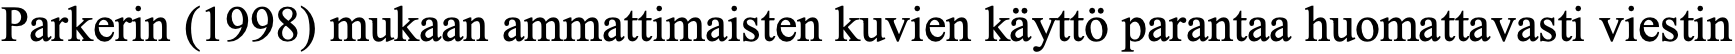
Parkerin (1998) mukaan ammattimaisten kuvien käyttö parantaa huomattavasti viestin